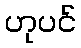
ဟုပင်